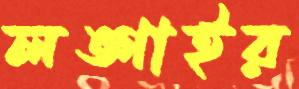
লঙ্গাইর